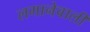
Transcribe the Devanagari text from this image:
लगानेवाली